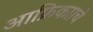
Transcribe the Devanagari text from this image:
आफ्रिकााचे